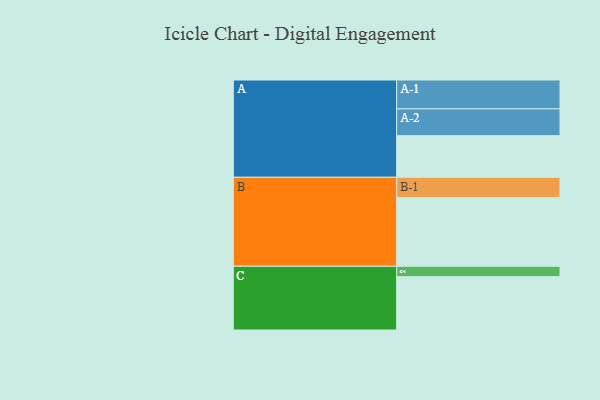
{"axis": {"x": "Segment", "y": "Value"}, "legend": ["", "A", "B", "C"], "data": [{"x": "A", "y": 320, "type": ""}, {"x": "B", "y": 529, "type": ""}, {"x": "C", "y": 410, "type": ""}, {"x": "A-1", "y": 222, "type": "A"}, {"x": "A-2", "y": 206, "type": "A"}, {"x": "B-1", "y": 155, "type": "B"}, {"x": "C-1", "y": 80, "type": "C"}]}